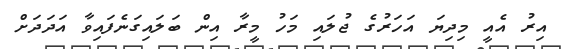
އިރު އެއީ މިދިޔަ އަހަރުގެ ޖުލައި މަހު މީރާ އިން ބަލައިގަނެފައިވާ އަދަދަށް